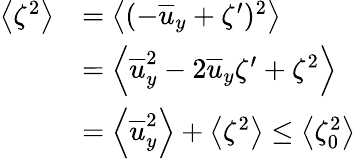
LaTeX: \begin{array}{rl}{\left<\zeta^{2}\right>}&{=\left<(-\overline{{u}}_{y}+\zeta^{\prime})^{2}\right>}\\ &{=\left<\overline{{u}}_{y}^{2}-2\overline{{u}}_{y}\zeta^{\prime}+\zeta^{2}\right>}\\ &{=\left<\overline{{u}}_{y}^{2}\right>+\left<\zeta^{2}\right>\leq\left<\zeta_{0}^{2}\right>}\end{array}